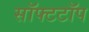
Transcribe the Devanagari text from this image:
सॉफ्टटॉप